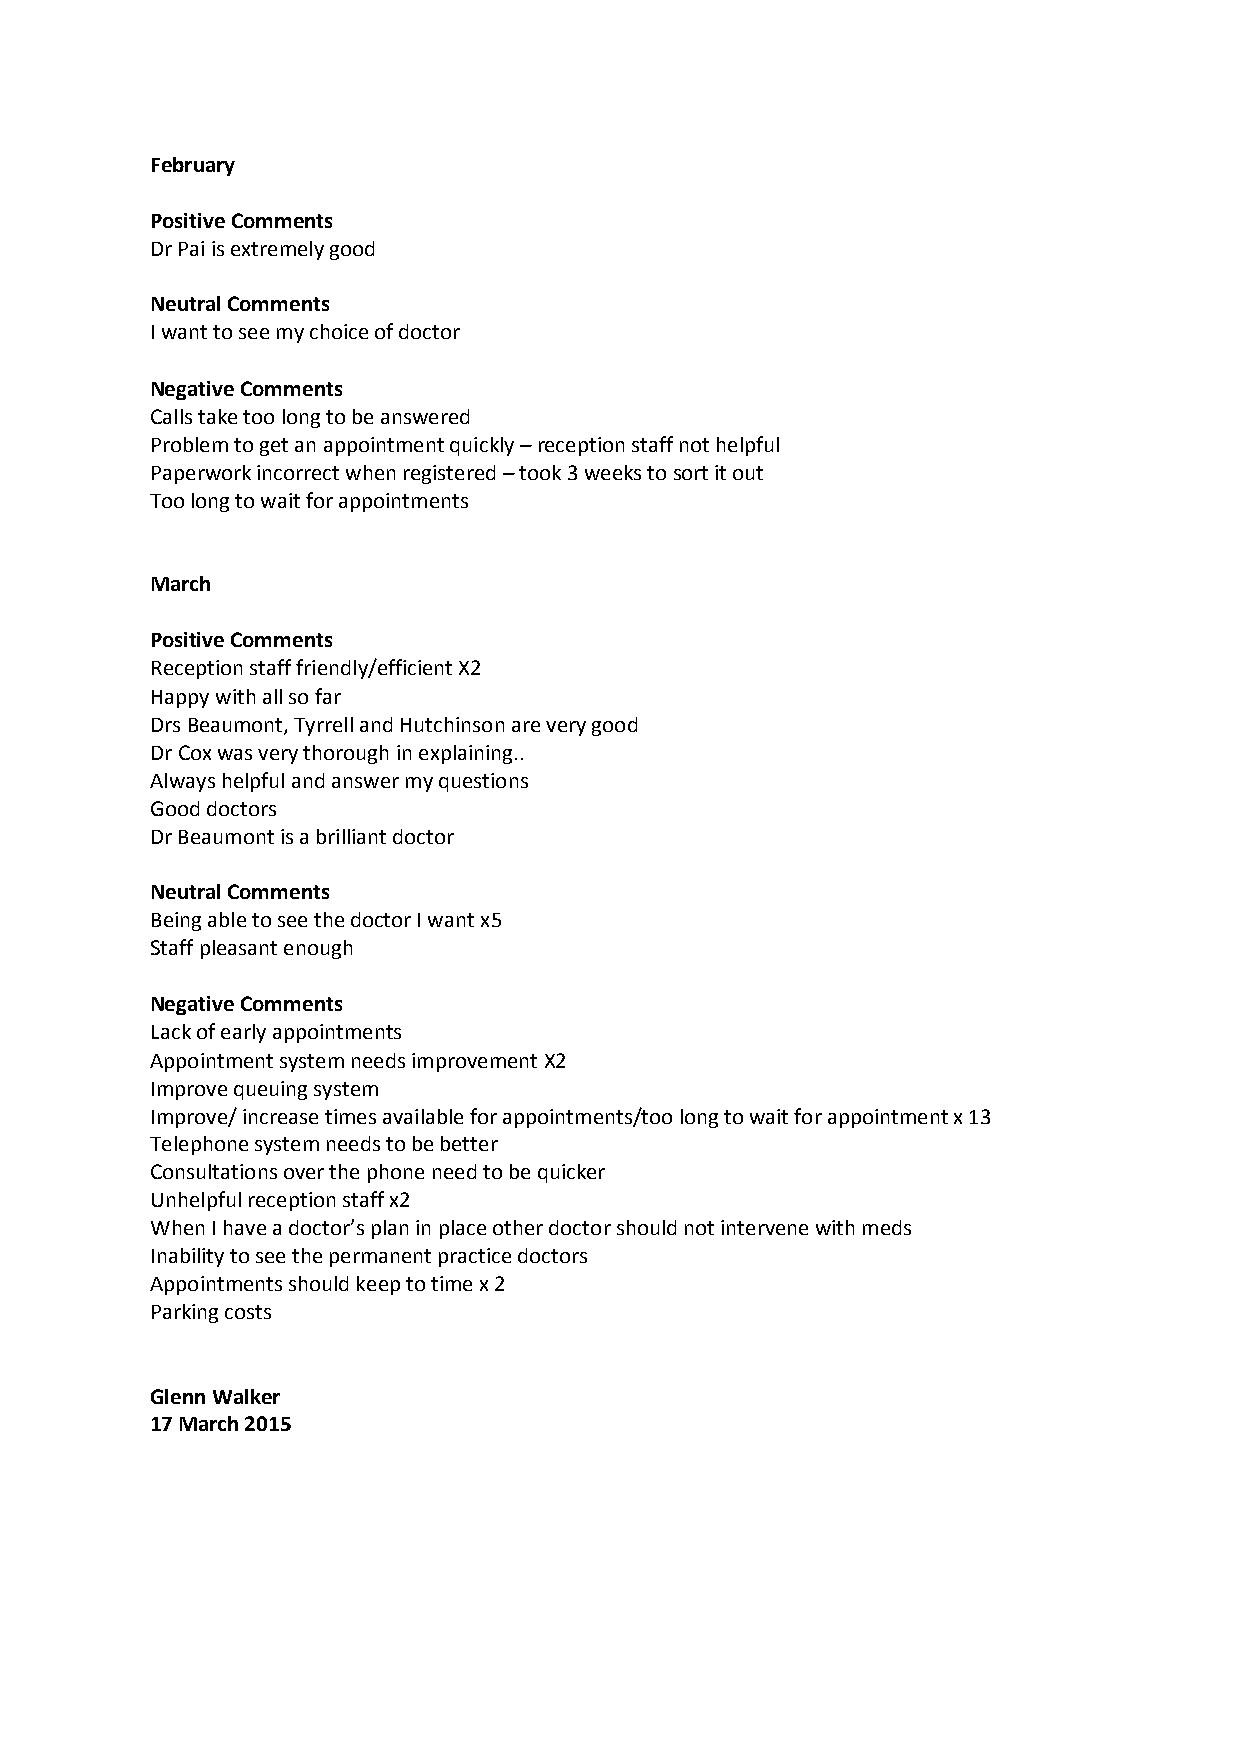
February
 Positive Comments
 Dr Pai is extremely good
 Neutral Comments
 I want to see my choice of doctor
 Negative Comments
 Calls take too long to be answered
 Problem to get an appointment quickly – reception staff not helpful
 Paperwork incorrect when registered – took 3 weeks to sort it out
 Too long to wait for appointments
 March
 Positive Comments
 Reception staff friendly/efficient X2
 Happy with all so far
 Drs Beaumont, Tyrrell and Hutchinson are very good
 Dr Cox was very thorough in explaining..
 Always helpful and answer my questions
 Good doctors
 Dr Beaumont is a brilliant doctor
 Neutral Comments
 Being able to see the doctor I want x5
 Staff pleasant enough
 Negative Comments
 Lack of early appointments
 Appointment system needs improvement X2
 Improve queuing system
 Improve/ increase times available for appointments/too long to wait for appointment x 13
 Telephone system needs to be better
 Consultations over the phone need to be quicker
 Unhelpful reception staff x2
 When I have a doctor’s plan in place other doctor should not intervene with meds
 Inability to see the permanent practice doctors
 Appointments should keep to time x 2
 Parking costs
 Glenn Walker
 17 March 2015